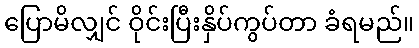
ပြောမိလျှင် ဝိုင်းပြီးနှိပ်ကွပ်တာ ခံရမည်။